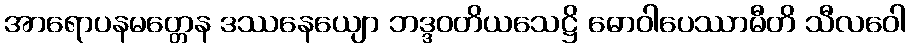
အာရောပနမတ္တေန ဒဿနေယျော ဘဒ္ဒဝတိယသေဋ္ဌိ ဓောဝါပေဿာမီတိ သီလဝေါ